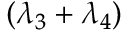
( \lambda _ { 3 } + \lambda _ { 4 } )